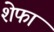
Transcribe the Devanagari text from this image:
शेफा